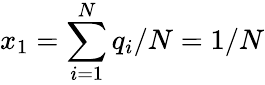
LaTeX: x_{1}=\sum_{i=1}^{N}q_{i}/N=1/N